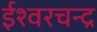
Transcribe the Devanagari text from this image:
ईश्वरचन्द्र